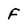
Character: F